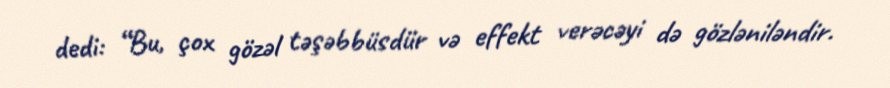
dedi: “Bu, çox gözəl təşəbbüsdür və effekt verəcəyi də gözləniləndir.